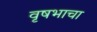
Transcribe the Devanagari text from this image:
वृषभाचा